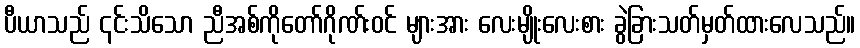
ပီယာသည် ၎င်းသိသော ညီအစ်ကိုတော်ဂိုဏ်းဝင် များအား လေးမျိုးလေးစား ခွဲခြားသတ်မှတ်ထားလေသည်။